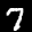
Label: 7